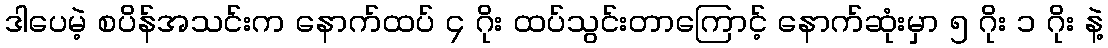
ဒါပေမဲ့ စပိန်အသင်းက နောက်ထပ် ၄ ဂိုး ထပ်သွင်းတာကြောင့် နောက်ဆုံးမှာ ၅ ဂိုး ၁ ဂိုး နဲ့